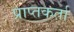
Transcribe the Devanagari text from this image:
प्राप्‍तकर्ता